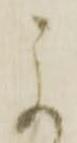
に